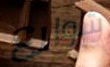
شوارع